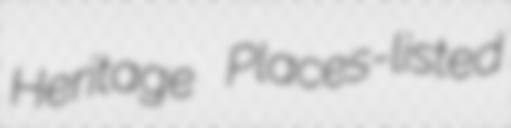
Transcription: Heritage Places-listed